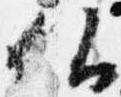
仏